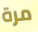
مرة